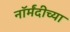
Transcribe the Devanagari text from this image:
नॉर्मंदीच्या